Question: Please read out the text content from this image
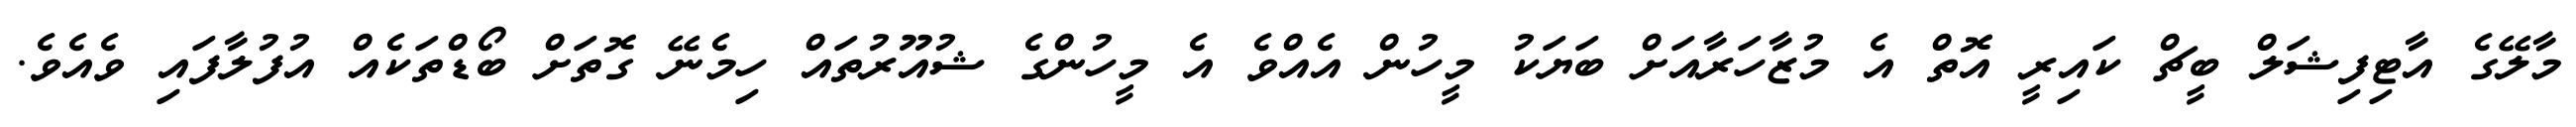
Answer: މާލޭގެ އާޓިފިޝަލް ބީޗް ކައިރީ އޮތް އެ މުޒާހަރާއަށް ބަޔަކު މީހުން އެއްވެ އެ މީހުންގެ ޝުއޫރުތައް ހިމެނޭ ގޮތަށް ބޯޑްތަކެއް އުފުލާފައި ވެއެވެ.